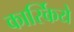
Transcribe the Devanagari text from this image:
कार्स्किये